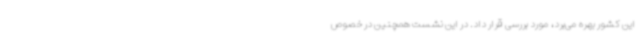
این کشور بهره می‌برد، مورد بررسی قرار داد. در این نشست همچنین در خصوص